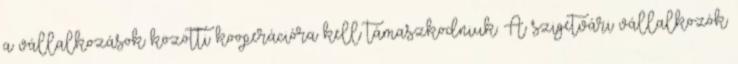
a vállalkozások közötti kooperációra kell támaszkodniuk. A szigetvári vállalkozók